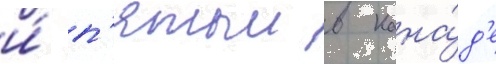
и́ п'ятыи в кана́д'е